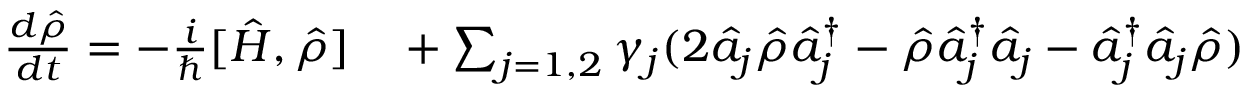
\begin{array} { r l } { \frac { d \hat { \rho } } { d t } = - \frac { i } { \hbar } [ \hat { H } , \hat { \rho } ] } & { { } + \sum _ { j = 1 , 2 } \gamma _ { j } ( 2 \hat { a } _ { j } \hat { \rho } \hat { a } _ { j } ^ { \dagger } - \hat { \rho } \hat { a } _ { j } ^ { \dagger } \hat { a } _ { j } - \hat { a } _ { j } ^ { \dagger } \hat { a } _ { j } \hat { \rho } ) } \end{array}